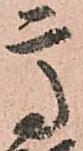
高